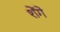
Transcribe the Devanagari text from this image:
शेंगे